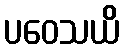
ပဝေသယိ